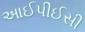
આઈપીઈસી